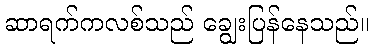
ဆာရက်ကလစ်သည် ချွေးပြန်နေသည်။